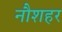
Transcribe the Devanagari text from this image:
नौशहर